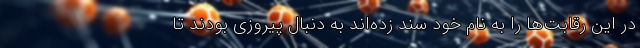
در این رقابت‌ها را به نام خود سند زده‌اند به دنبال پیروزی بودند تا